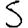
Digit: 5